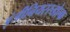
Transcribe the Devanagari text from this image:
इंजीनियररुडोल्फ